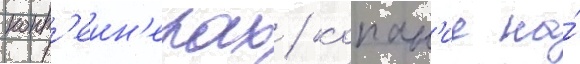
конт'еин'ерах / копан'ие на́